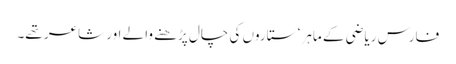
فارس ریاضی کے ماہر ‘ ستاروں کی چال پڑھنے والے اور شاعر تھے۔